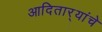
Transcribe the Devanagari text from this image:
आदितार्‍यांचे